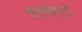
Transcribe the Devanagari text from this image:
पतवारों